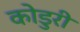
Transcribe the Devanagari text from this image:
कोडुरी